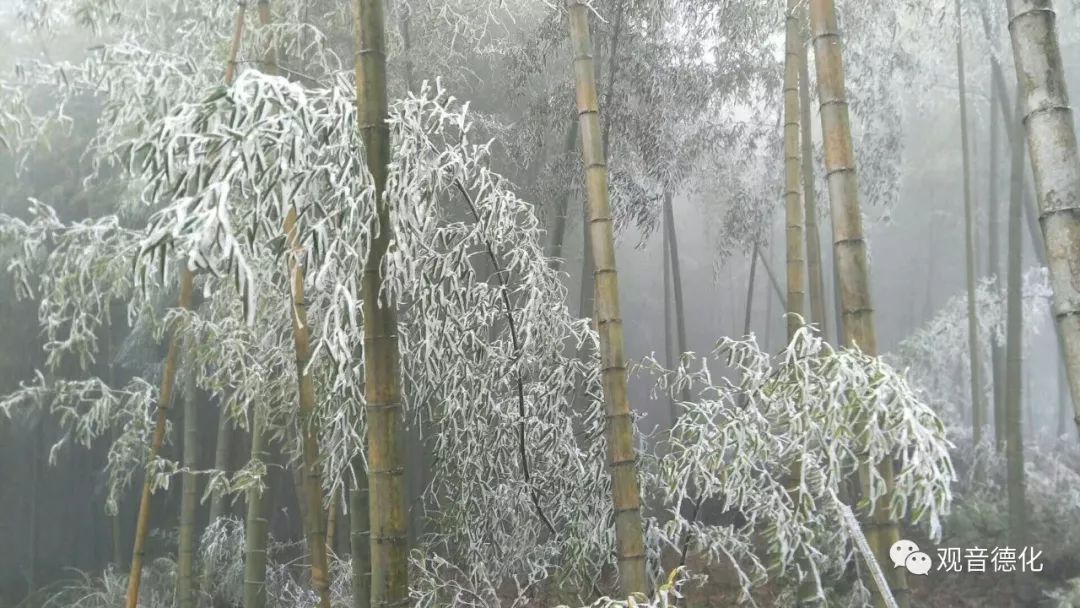
六出飞花入户时，坐看青竹变琼枝。